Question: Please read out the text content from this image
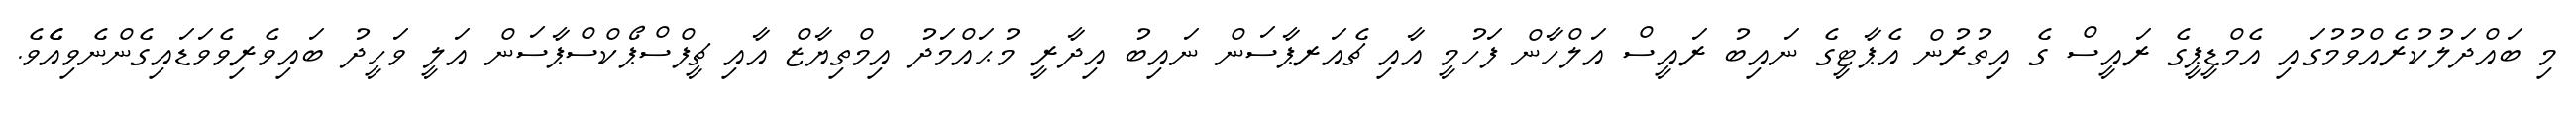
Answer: މި ބައްދަލުކުރެއްވުމުގައި އެމްޑީޕީގެ ރައީސް ގެ އިތުރުން އެޕާޓީގެ ނައިބު ރައީސް އަލްހާން ފަހުމީ އާއި ޗެއަރޕާސަން ނައިބު އިދާރީ މުޙައްމަދު އިމްތިޔާޒް އާއި ޗީފްސްޕޯކްސްޕާސަން އަލީ ވަހީދު ބައިވެރިވެވަޑައިގެންނެވިއެެވެ.